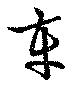
車